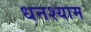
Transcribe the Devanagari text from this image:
धनश्याम